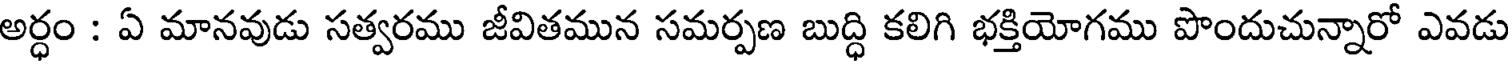
అర్ధం : ఏ మానవుడు సత్వరము జీవితమున సమర్పణ బుద్ధి కలిగి భక్తియోగము పొందుచున్నారో ఎవడు